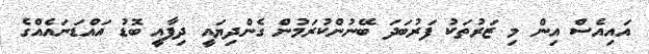
އައިއެސް އިން މި ޒަރުތަކު ފަރުބަދަ ބޭނުންކުރަމުން ގެންދިޔައީ ދިފާއީ ބޮޑު އައްޑަނައެއްގެ